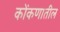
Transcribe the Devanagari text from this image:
कोंकणातील